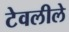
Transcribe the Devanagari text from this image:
टेवलीले